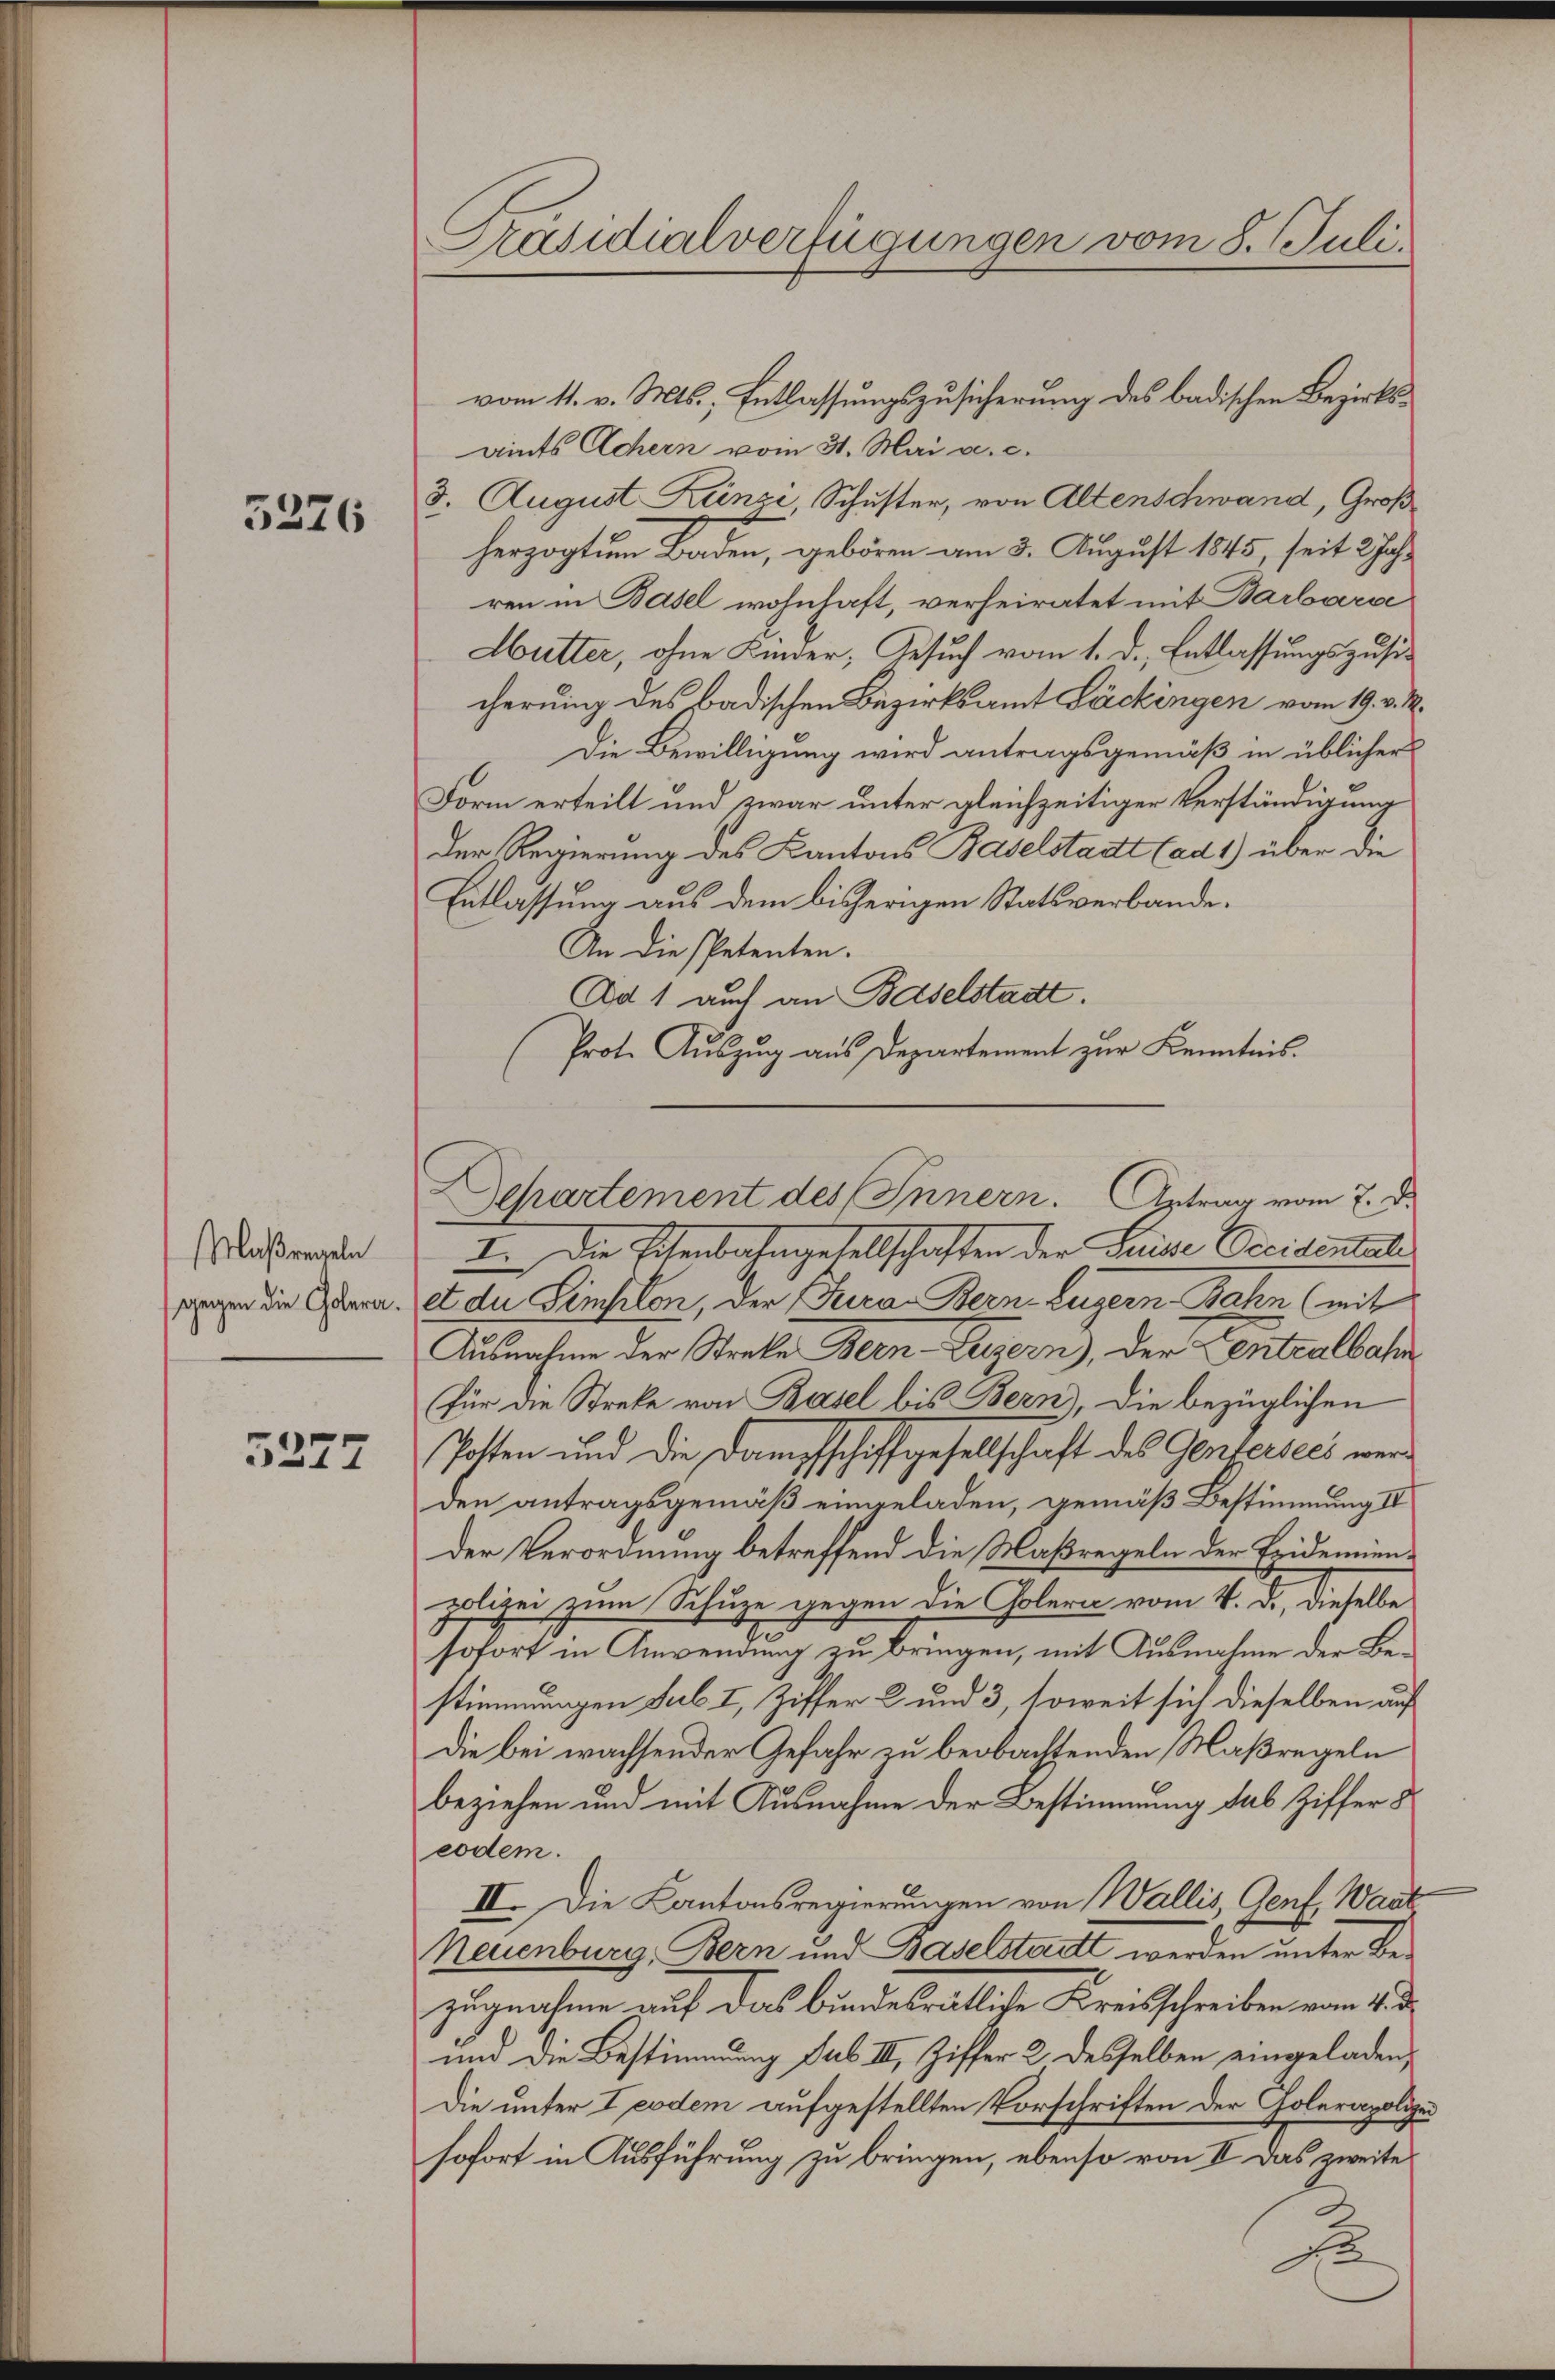
5276

Maßregeln
gegen die Colera.

5277

Präsidialverfügungen vom 8. Juli.

vom 11. v. Mts., Entlassungszusicherung des badischen Bezirksaints Achern vom 31. Mai a. c.
3. August Künzi, Schuster, von Altenschwand, Groß
herzogtum Baden, geboren am 3. August 1845, seit 2 Jahr
ren in Basel wohnhaft, verheiratet mit Barbara
Sutter, ohne Kinder, Gesuch vom 1. d. Entlassungszusicherung des badischen Bezirksamt Lackingen vom 19. v. M.
Die Bewilligung wird antragsgemäß in üblicher
Form erteilt und zwar unter gleichzeitiger Verständigung
der Regierung des Kantons Baselstadt (ad 1) über die
Entlassung aus dem bisherigen Statsverbande¬
An die spetenten.
Da 1 auch an Baselstadt.
Prot. Auszug aus Departement zur Kenntnis.
I. Die Eisenbahngesellschaften der Luise Occidentali
et du Limsilon, der Fuera. Bern, Luzern Bahn (mit
Ausnahme der Streke Bern Luzern), der Centralbahn
Für die Streke von Basel bis Bern), die bezüglichen
Posten und die Dampfschiffgesellschaft des Gentersees werden antragsgemäß eingeladen, gemäß Bestimmung III
der Verordnung betreffend die Maßregeln der Epidemienpolizei zum Schuze gegen die Colern vom 4. d. dieselbe
sofort in Anwendung zu bringen, mit Ausnahme der Bestimmungen sub. I, Ziffer 2 und 3, soweit sich dieselben auf
Die bei wachsender Gefahr zu beobachtenden Maßregeln
beziehen und mit Ausnahme der Bestimmung das Ziffer 8
eodem.
II. Die Kantonsregierungen von Wallis, Genf, Wart
Neuenburg, Bern und Baselstatt werden unter Bezugnahme auf das bundesrätliche Kreisschreiben vom 4. d.
und die Bestimmung sub II, Ziffer 2 desselben eingeladen,
Die unter I eodem aufgestellten Vorschriften der Colerapolize
sofort in Ausführung zu bringen, ebenso von II. Das zweites
2
d

Departement des Innern. Antrag vom 7. d.